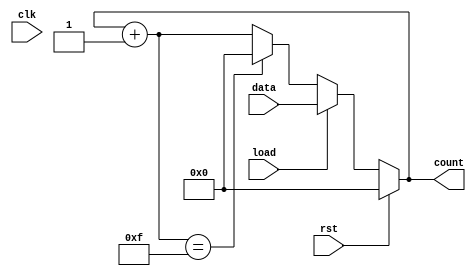
module AsyncLoadCounter (
    input wire clk,          // Clock signal
    input wire rst,          // Asynchronous reset signal
    input wire load,         // Asynchronous load signal
    input wire [3:0] data,   // Preset value (4-bit input)
    output reg [3:0] count    // Current count value (4-bit output)
);

// Always block for asynchronous reset and load
always @* begin
    if (rst) begin
        count = 4'b0000;    // Reset count to 0
    end else if (load) begin
        count = data;       // Load the preset value
    end else begin
        count = count + 1;  // Increment count
        if (count == 4'b1111) begin
            count = 4'b0000; // Wrap around to 0
        end
    end
end

// Always block for synchronous counting on rising edge of clock
always @(posedge clk) begin
    // Note: The count update is done in the combinational block 
    // but can also be handled here based on your need.
end

endmodule